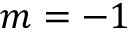
m = - 1